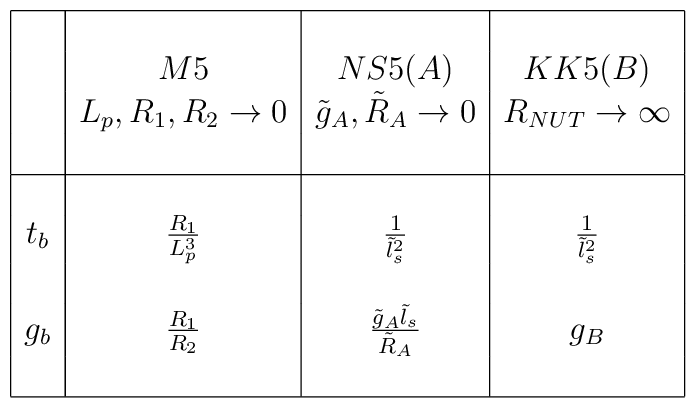
\begin{array}{|c|c|c|c|} \hline & & & \\& M5 & NS5(A) & KK5(B) \\  & L_p, R_1, R_2 \rightarrow 0 & \tilde{g}_A, \tilde{R}_A \rightarrow 0 & R_{NUT} \rightarrow \infty \\ & & & \\ \hline & & & \\t_b & {R_1 \over L_p^3} & {1 \over \tilde{l}_s^2} & {1 \over {\tilde l}_s^2} \\ & & & \\g_b & {R_1 \over R_2} & {\tilde{g}_A \tilde{l}_s \over \tilde{R}_A} & g_B \\ & & & \\\hline \end{array}